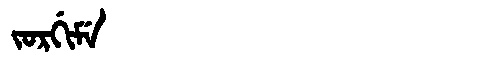
Manchu: ᠵᠣᡵᡤᡳᠮᡝ
Romanization: JORGIME